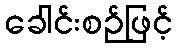
ခေါင်းစဉ်ဖြင့်